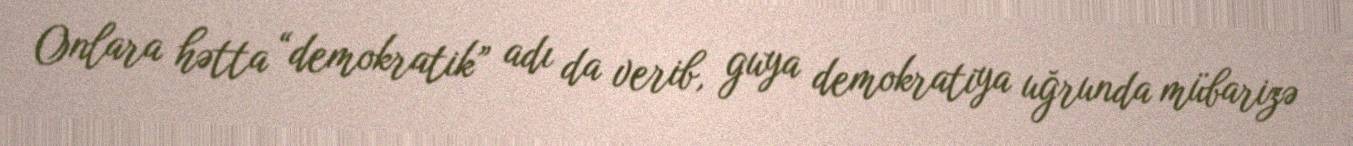
Onlara hətta “demokratik” adı da verib, guya demokratiya uğrunda mübarizə